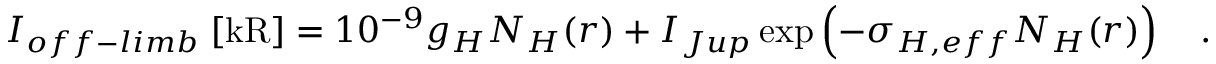
I _ { o f f - l i m b } \; [ \mathrm { k R } ] = 1 0 ^ { - 9 } g _ { H } N _ { H } ( r ) + I _ { J u p } \exp \left( - \sigma _ { H , e f f } N _ { H } ( r ) \right) \quad .